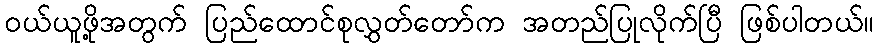
ဝယ်ယူဖို့အတွက် ပြည်ထောင်စုလွှတ်တော်က အတည်ပြုလိုက်ပြီ ဖြစ်ပါတယ်။